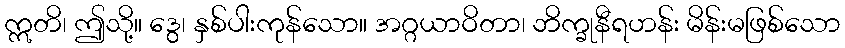
ဣတိ၊ ဤသို့။ ဒွေ၊ နှစ်ပါးကုန်သော။ အဂ္ဂယာဝိတာ၊ ဘိက္ခုနီရဟန်း မိန်းမဖြစ်သော